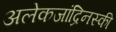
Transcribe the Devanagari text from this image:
अलेकजांद्रिनस्की